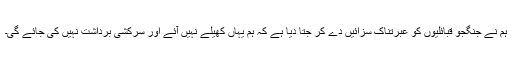
ہم نے جنگجو قبائلیوں کو عبرتناک سزائیں دے کر جتا دیا ہے کہ ہم یہاں کھیلے نہیں آئے اور سرکشی برداشت نہیں کی جائے گی۔